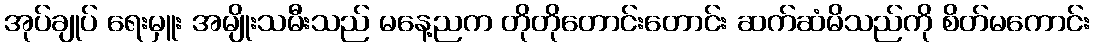
အုပ်ချုပ် ရေးမှူး အမျိုးသမီးသည် မနေ့ညက တိုတိုတောင်းတောင်း ဆက်ဆံမိသည်ကို စိတ်မကောင်း